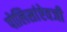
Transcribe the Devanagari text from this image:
पोलिसांऐवजी